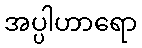
အပ္ပါဟာရော